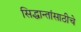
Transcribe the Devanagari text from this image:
सिद्धान्तांसाठीचे